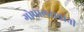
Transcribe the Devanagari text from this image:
गोपालरावांनी